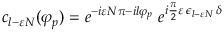
c _ { l - \varepsilon N } ( \varphi _ { p } ) = e ^ { - i \varepsilon N \pi - i l \varphi _ { p } } \; e ^ { i { \frac { \pi } { 2 } } \varepsilon \, \epsilon _ { l - \varepsilon N } \, \delta }